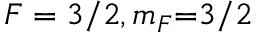
F = 3 / 2 , m _ { F } { = } 3 / 2